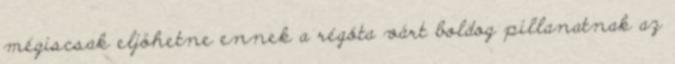
mégiscsak eljöhetne ennek a régóta várt boldog pillanatnak az